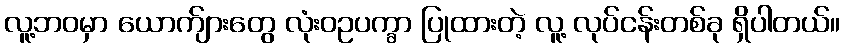
လူ့ဘဝမှာ ယောက်ျားတွေ လုံးဝဥပက္ခာ ပြုထားတဲ့ လူ့ လုပ်ငန်းတစ်ခု ရှိပါတယ်။